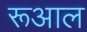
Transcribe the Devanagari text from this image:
रूआल